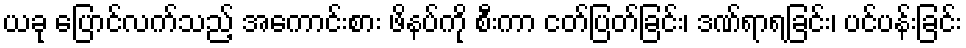
ယခု ပြောင်လက်သည့် အကောင်းစား ဖိနပ်ကို စီးကာ ငတ်ပြတ်ခြင်း၊ ဒဏ်ရာရခြင်း၊ ပင်ပန်းခြင်း